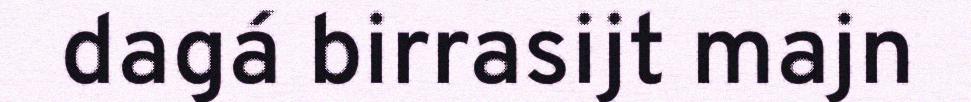
dagá birrasijt majn